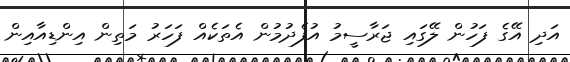
އަދި އޭގެ ފަހުން ލޭގައި ޖަރާސީމު އުފެދުމުން އެތަކެއް ފަހަރު މަތިން އިންޑިއާއިން